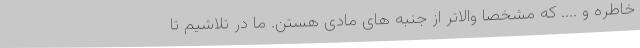
خاطره و .... که مشخصا والاتر از جنبه های مادی هستن. ما در تلاشیم تا